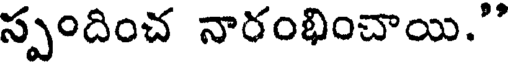
స్పందించ నారంభించాయి."